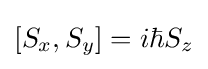
\left[S_{x},S_{y}\right]=i\hbar S_{z}